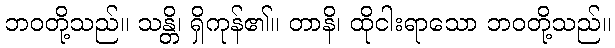
ဘဝတို့သည်။ သန္တိ၊ ရှိကုန်၏။ တာနိ၊ ထိုငါးရာသော ဘဝတို့သည်။